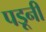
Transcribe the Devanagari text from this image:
पडूनी